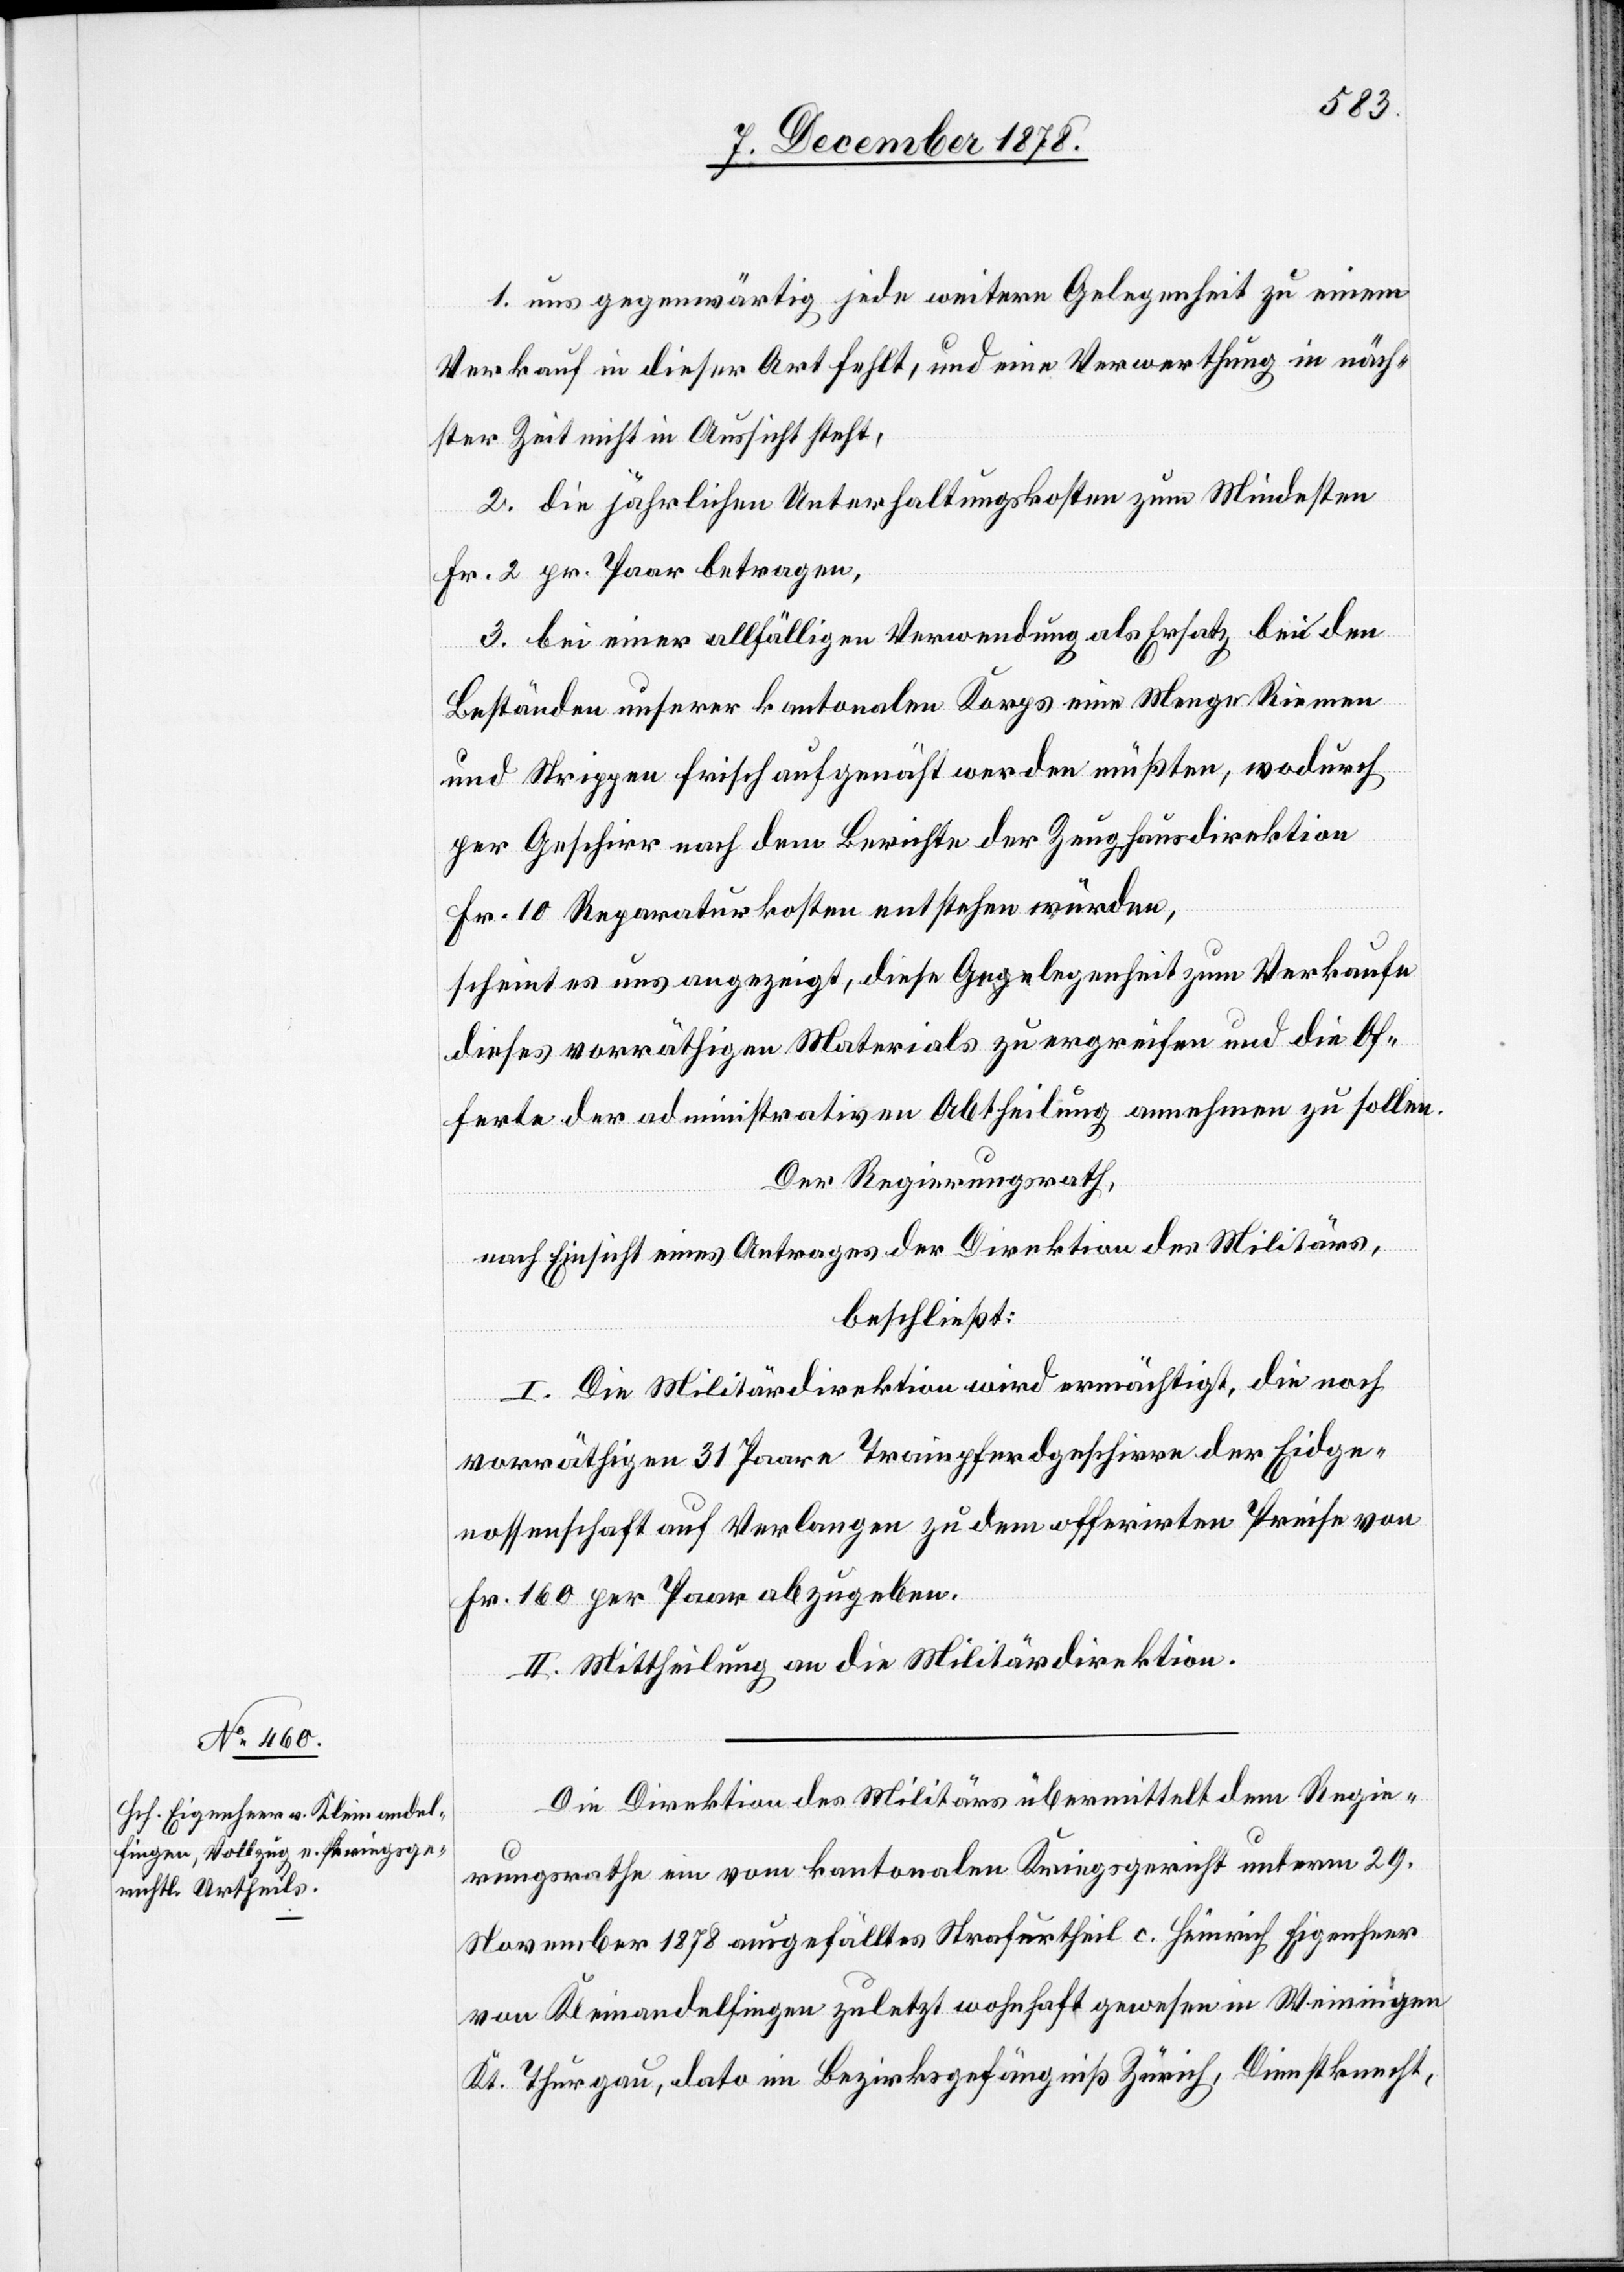
1. uns gegenwärtig jede weitere Gelegenheit zu einem
Verkauf in dieser Art fehlt, und eine Verwerthung in näch¬
ster Zeit nicht in Aussicht steht,
2. die jährlichen Unterhaltungskosten zum Mindesten
Fr. 2 pr. Paar betragen,
3. bei einer allfälligen Verwendung als Ersatz bei den
Beständen unserer kantonalen Korps eine Menge Riemen
und Strippen frisch aufgenäht werden müßten, wodurch
per Geschirr nach dem Berichte der Zeughausdirektion
Fr. 10 Reparaturkosten entstehen würden,
scheint es uns angezeigt, diese Gelegenheit zum Verkaufe
dieses vorräthigen Materials zu ergreifen und die Of¬
ferte der administrativen Abtheilung annehmen zu sollen.
Der Regierungsrath,
nach Einsicht eines Antrages der Direktion des Militärs,
beschließt:
I. Die Militärdirektion wird ermächtigt, die noch
vorräthigen 31 Paare Trainpferdgeschirre der Eidge¬
nossenschaft auf Verlangen zu dem offerirten Preise von
Fr. 160 per Paar abzugeben.
II. Mittheilung an die Militärdirektion.
Die Direktion des Militärs übermittelt dem Regie¬
rungsrathe ein vom kantonalen Kriegsgericht unterm 29.
November 1878 ausgefälltes Strafurtheil c. Heinrich Eigenheer
von Kleinandelfingen zuletzt wohnhaft gewesen in Weiningen
Kt. Thurgau, dato im Bezirksgefängniß Zürich, Dienstknecht,